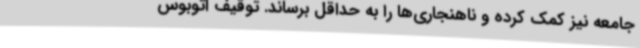
جامعه نیز کمک کرده و ناهنجاری‌ها را به حداقل برساند. توقیف اتوبوس